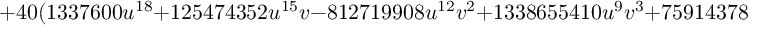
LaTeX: + 4 0 ( 1 3 3 7 6 0 0 u ^ { 1 8 } + 1 2 5 4 7 4 3 5 2 u ^ { 1 5 } v - 8 1 2 7 1 9 9 0 8 u ^ { 1 2 } v ^ { 2 } + 1 3 3 8 6 5 5 4 1 0 u ^ { 9 } v ^ { 3 } + 7 5 9 1 4 3 7 8 5 5 u ^ { 6 } v ^ { 4 }